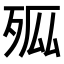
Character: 𭮊